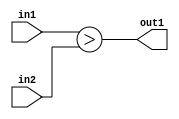
`timescale 1ps / 1ps
/*****************************************************************************
    Verilog RTL Description
    
    
    Created by: Stratus DpOpt 2019.1.01 
*******************************************************************************/

module dut_LessThan_32Ux32U_1U_4 (
	in2,
	in1,
	out1
	); /* architecture "behavioural" */ 
input [31:0] in2,
	in1;
output  out1;
wire  asc001;

assign asc001 = (in1>in2);

assign out1 = asc001;
endmodule

/* CADENCE  urjxSQo= : u9/ySgnWtBlWxVPRXgAZ4Og= ** DO NOT EDIT THIS LINE ******/